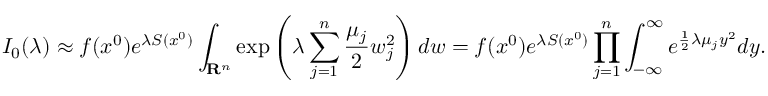
I _ { 0 } ( \lambda ) \approx f ( x ^ { 0 } ) e ^ { \lambda S ( x ^ { 0 } ) } \int _ { \mathbf { R } ^ { n } } \exp \left( \lambda \sum _ { j = 1 } ^ { n } { \frac { \mu _ { j } } { 2 } } w _ { j } ^ { 2 } \right) d w = f ( x ^ { 0 } ) e ^ { \lambda S ( x ^ { 0 } ) } \prod _ { j = 1 } ^ { n } \int _ { - \infty } ^ { \infty } e ^ { { \frac { 1 } { 2 } } \lambda \mu _ { j } y ^ { 2 } } d y .